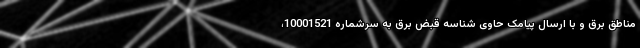
مناطق برق و با ارسال پیامک حاوی شناسه قبض برق به سرشماره 10001521،